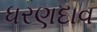
ધરણદાવ